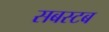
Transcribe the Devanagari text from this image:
सबस्टब